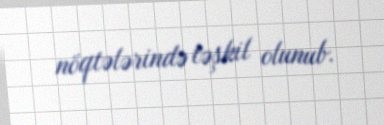
nöqtələrində təşkil olunub.